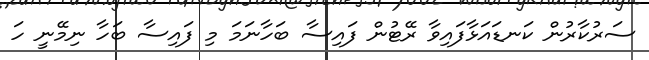
ސަރުކާރުން ކަނޑައަޅާފައިވާ ރޭޓުން ފައިސާ ބަހާނަމަ މި ފައިސާ ބަހާ ނިމޭނީ ހަ